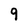
Character: 9